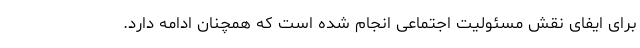
برای ایفای نقش مسئولیت اجتماعی انجام شده است که همچنان ادامه دارد.